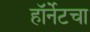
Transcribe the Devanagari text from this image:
हॉर्नेटचा